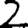
Digit: 2